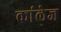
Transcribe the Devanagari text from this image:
कांलेज